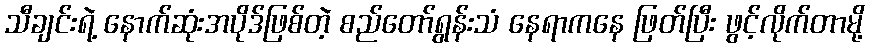
သီချင်းရဲ့ နောက်ဆုံးအပိုဒ်ဖြစ်တဲ့ စည်တော်ရွန်းသံ နေရာကနေ ဖြတ်ပြီး ဖွင့်လိုက်တာမို့